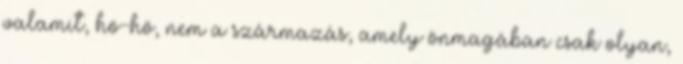
valamit, hö-hö, nem a származás, amely önmagában csak olyan,